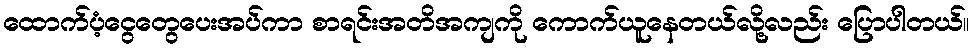
ထောက်ပံ့ငွေတွေပေးအပ်ကာ စာရင်းအတိအကျကို ကောက်ယူနေတယ်လို့လည်း ပြောပါတယ်။